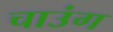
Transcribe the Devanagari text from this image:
चाउंग